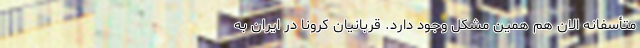
متأسفانه الان هم همین مشکل وجود دارد. قربانیان کرونا در ایران به